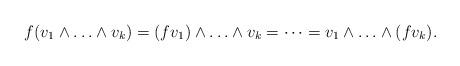
LaTeX: \begin{align*}f(v_1\wedge\ldots\wedge v_k)=(fv_1)\wedge\ldots\wedge v_k=\cdots=v_1\wedge\ldots\wedge (fv_k).\end{align*}